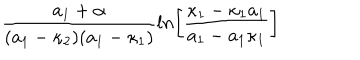
{ \frac { a _ { 1 } + \alpha } { ( a _ { 1 } - \kappa _ { 2 } ) ( a _ { 1 } - \kappa _ { 1 } ) } } l n \biggl [ { \frac { \kappa _ { 1 } - \kappa _ { 1 } a _ { 1 } } { a _ { 1 } - a _ { 1 } \kappa _ { 1 } } } \biggr ]